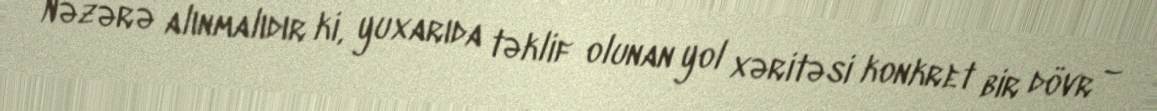
Nəzərə alınmalıdır ki, yuxarıda təklif olunan yol xəritəsi konkret bir dövr –